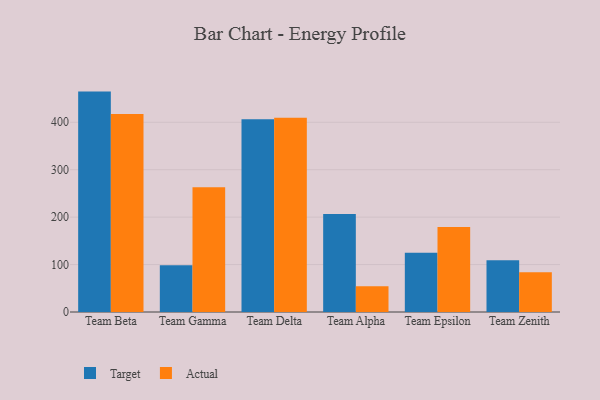
{"axis": {"x": "Team", "y": "Active Users"}, "legend": ["Actual", "Target"], "data": [{"x": "Team Beta", "y": 464.7, "type": "Target"}, {"x": "Team Beta", "y": 417.5, "type": "Actual"}, {"x": "Team Gamma", "y": 98.4, "type": "Target"}, {"x": "Team Gamma", "y": 263.2, "type": "Actual"}, {"x": "Team Delta", "y": 406.4, "type": "Target"}, {"x": "Team Delta", "y": 409.4, "type": "Actual"}, {"x": "Team Alpha", "y": 206.4, "type": "Target"}, {"x": "Team Alpha", "y": 54.5, "type": "Actual"}, {"x": "Team Epsilon", "y": 124.9, "type": "Target"}, {"x": "Team Epsilon", "y": 179.4, "type": "Actual"}, {"x": "Team Zenith", "y": 109.0, "type": "Target"}, {"x": "Team Zenith", "y": 83.9, "type": "Actual"}]}